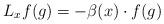
LaTeX: \begin{align*}L_xf(g)=-\beta(x)\cdot f(g)\end{align*}